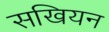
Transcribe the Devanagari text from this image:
सखियन